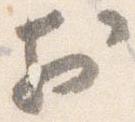
於